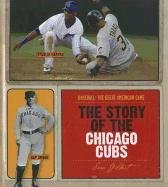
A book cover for The Story of the Chicago Cubs (Baseball: the Great American Game); Sara Gilbert; Teen & Young Adult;